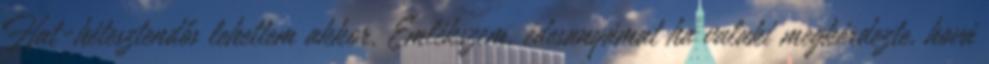
Hat-hétesztendős lehettem akkor. Emlékszem, édesanyámat ha valaki megkérdezte, hová